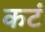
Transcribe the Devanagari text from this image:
कटं